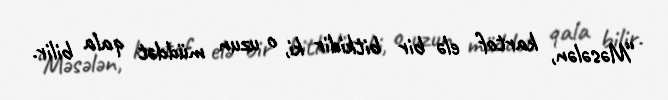
“Məsələn, kartof elə bir bitkidir ki, o uzun müddət qala bilir.